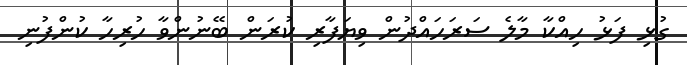
ގުޅި ފަޅު ހިއްކާ މާލެ ސަރަހައްދުން ވިޔަފާރި ކުރަން ބޭނުންވާ ހުރިހާ ކުންފުނި